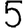
Digit: 5